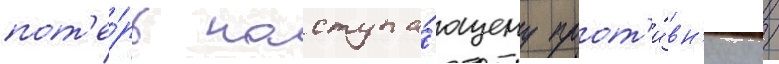
пот'е́рь наступа́ющему прот'и́вн'ику /